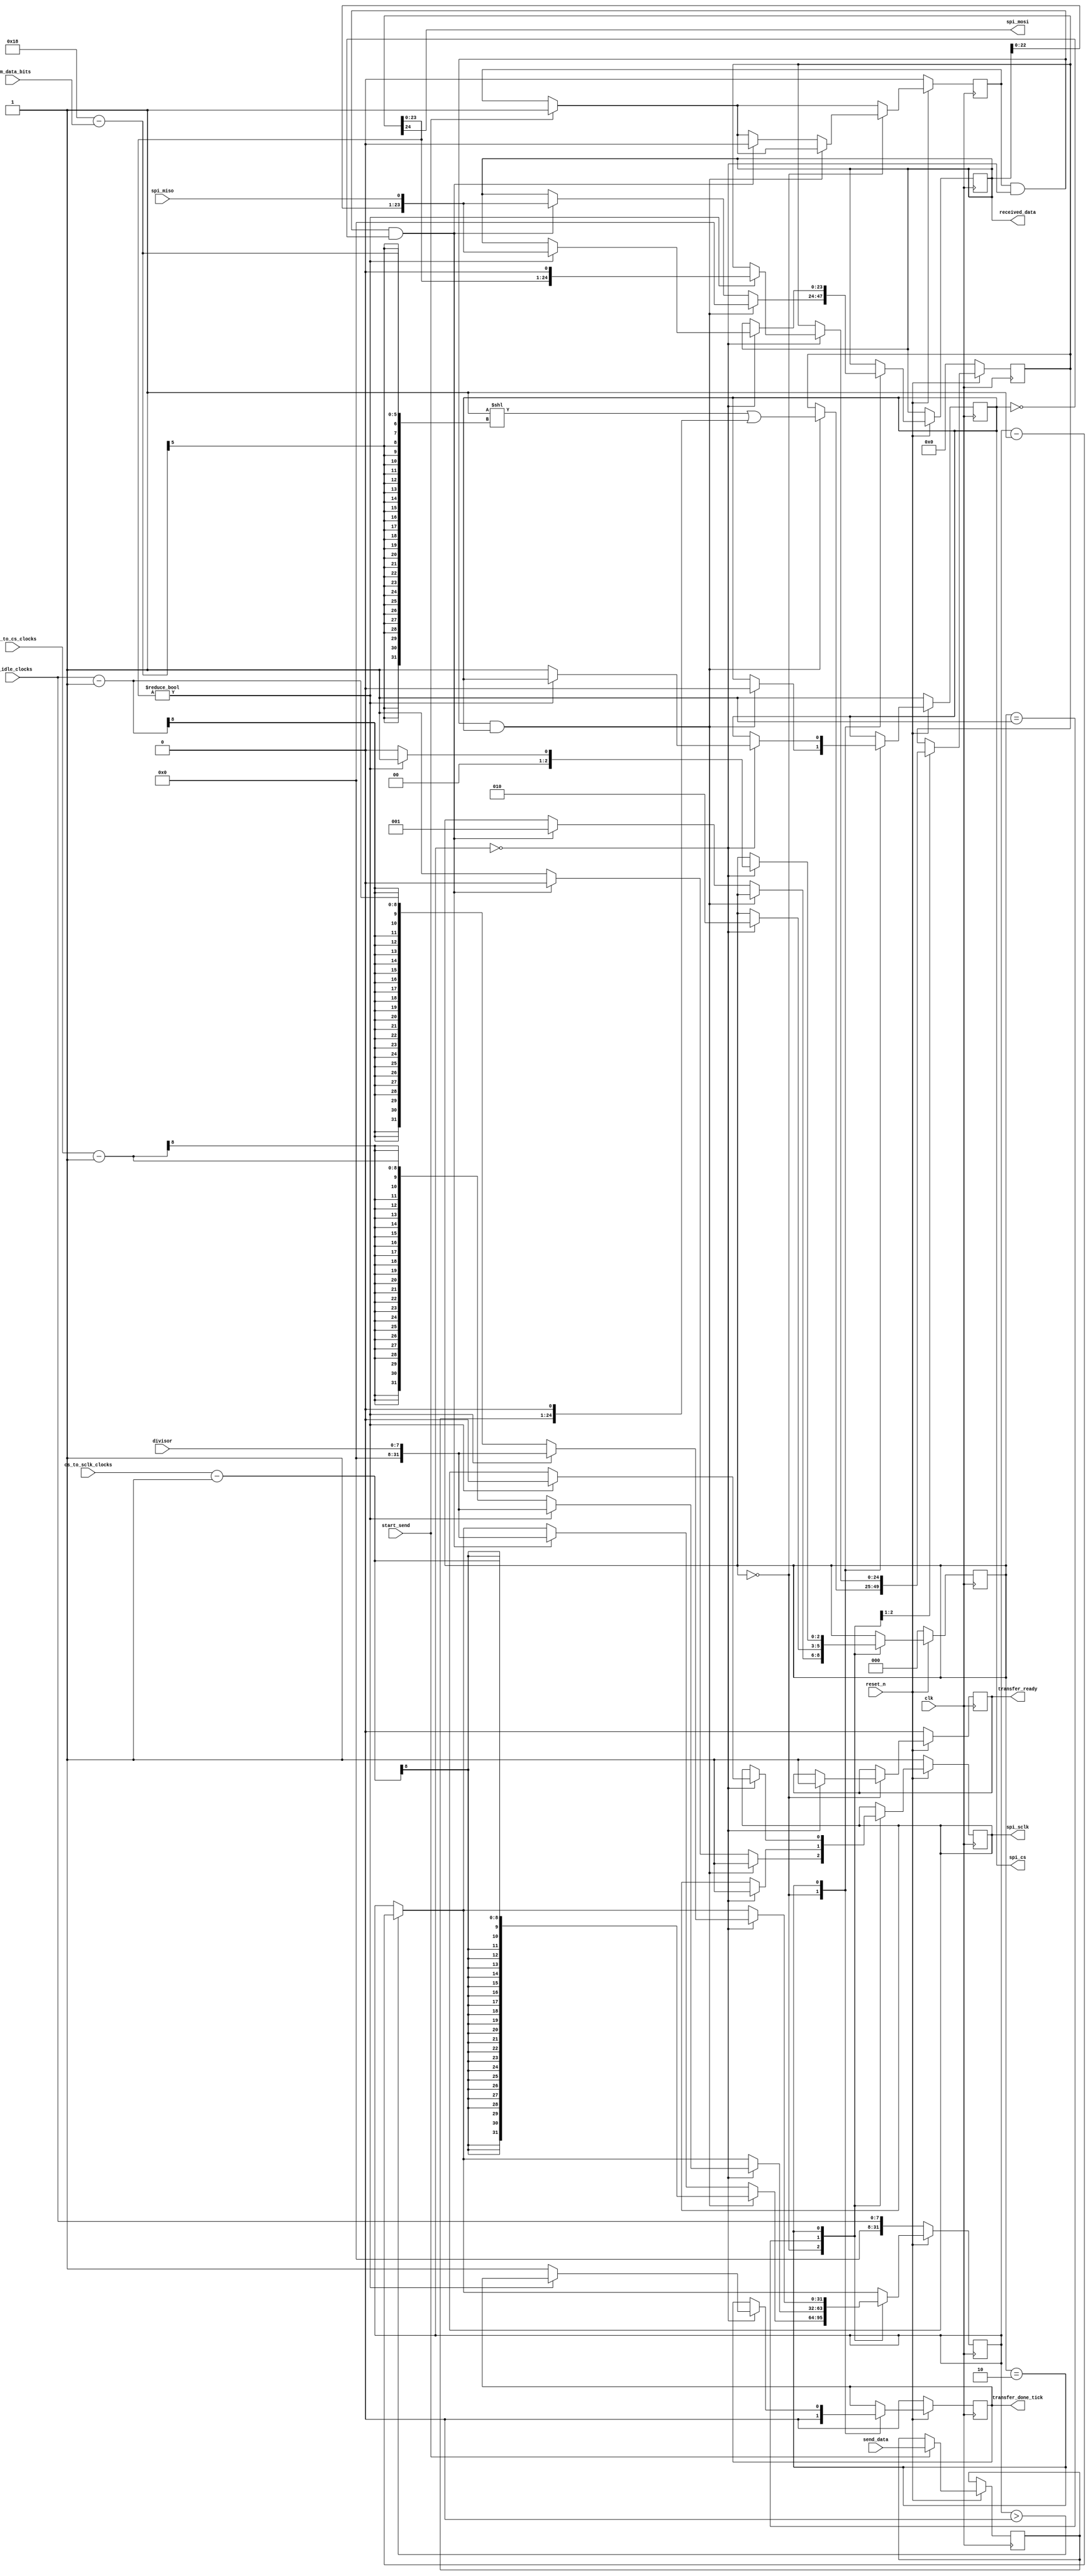
`timescale 1ns / 1ps
//////////////////////////////////////////////////////////////////////////////////

//////////////////////////////////////////////////////////////////////////////////


module ad7928_spi
    #(
        parameter MAX_NUM_DATA_BITS   =   24
    )
    (
        input  wire         clk,
        input  wire         reset_n,
        input  wire [7:0]   divisor,
        input  wire [7:0]   cs_idle_clocks,
        input  wire [7:0]   cs_to_sclk_clocks,
        input  wire [7:0]   sclk_to_cs_clocks,
        input  wire         start_send,
        input  wire [4:0]   num_data_bits,
        input  wire [MAX_NUM_DATA_BITS-1:0]     send_data,
        output wire [MAX_NUM_DATA_BITS-1:0]     received_data,
        output reg          transfer_done_tick,
        output reg          transfer_ready,
        output reg          spi_cs,
        output reg          spi_sclk,
        output wire         spi_mosi,
        input  wire         spi_miso
    );

    reg     [2:0]   state_reg;
    reg     [MAX_NUM_DATA_BITS-1:0] send_data_reg;
    reg     [MAX_NUM_DATA_BITS:0]   send_data_shift_reg;
    reg     [MAX_NUM_DATA_BITS-1:0] received_data_shift_reg;
    reg     [31:0]  clock_counter;
    reg             send_command_pending;

    localparam      STATE_IDLE      =   0,
                    STATE_SCLK_0    =   1,
                    STATE_SCLK_1    =   2;

    always @(posedge clk)
    begin
        if (~reset_n)
        begin
            state_reg   <=  STATE_IDLE;
            transfer_done_tick      <=  1'b0;
            transfer_ready          <=  1'b0;
            send_data_shift_reg     <=  0;
            clock_counter           <=  cs_idle_clocks;
            spi_cs                  <=  1'b1;
            spi_sclk                <=  1'b1;
            send_command_pending    <=  1'b0;
        end
        else
        begin
            if (clock_counter > 0)
            begin
                clock_counter   <=  clock_counter - 1'b1;
            end

            if (start_send)
            begin
                send_command_pending    <=  1'b1;
                send_data_reg           <=  send_data;
            end

            case (state_reg)
                STATE_IDLE:
                begin
                    if (clock_counter == 0)
                    begin
                        transfer_ready  <=  1'b1;
                    end

                    spi_sclk            <=  1'b1;
                    transfer_done_tick  <=  1'b0;

                    if (send_command_pending & (clock_counter == 0) & spi_cs)
                    begin
                        received_data_shift_reg     <=  0;
                        send_data_shift_reg         <=  (1 << (MAX_NUM_DATA_BITS - num_data_bits))|({send_data_reg, 1'b0});
                        clock_counter               <=  cs_to_sclk_clocks - 1'b1;
                        spi_cs                      <=  1'b0;
                    end
                    else if (send_command_pending & (clock_counter == 0) & ~spi_cs)
                    begin
                        state_reg   <=  STATE_SCLK_0;
                        spi_sclk    <=  1'b0;
                        received_data_shift_reg     <=  {received_data_shift_reg[MAX_NUM_DATA_BITS-2:0], spi_miso};
                        clock_counter   <=  divisor;
                        send_command_pending    <=  1'b0;
                    end
                end
                STATE_SCLK_0:
                begin
                    if (clock_counter == 0)
                    begin
                        if (send_data_shift_reg[MAX_NUM_DATA_BITS-1:0] != {MAX_NUM_DATA_BITS{1'b0}})
                        begin
                            send_data_shift_reg     <=  {send_data_shift_reg[MAX_NUM_DATA_BITS-1:0], 1'b0};
                            clock_counter           <=  divisor;
                            spi_sclk                <=  1'b1;
                            state_reg               <=  STATE_SCLK_1;
                        end
                        else
                        begin
                            clock_counter           <=  sclk_to_cs_clocks - 1'b1;
                            spi_sclk                <=  1'b1;
                            state_reg               <=  STATE_SCLK_1;
                        end
                    end
                end
                STATE_SCLK_1:
                begin
                    if (clock_counter == 0)
                    begin
                        if (send_data_shift_reg[MAX_NUM_DATA_BITS-1:0] != {MAX_NUM_DATA_BITS{1'b0}})
                        begin
                            received_data_shift_reg     <=  {received_data_shift_reg[MAX_NUM_DATA_BITS-2:0], spi_miso};
                            clock_counter           <=  divisor;
                            spi_sclk                <=  1'b0;
                            state_reg               <=  STATE_SCLK_0;
                        end
                        else
                        begin
                            transfer_done_tick      <=  1'b1;
                            clock_counter           <=  cs_idle_clocks - 1'b1;
                            spi_cs                  <=  1'b1;
                            state_reg               <=  STATE_IDLE;
                        end
                    end
                end
            endcase // state_reg
        end
    end

    assign  spi_mosi        =   send_data_shift_reg[MAX_NUM_DATA_BITS];
    assign  received_data   =   received_data_shift_reg;   
    
    

endmodule